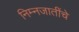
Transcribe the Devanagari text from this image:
निम्नजातींचे